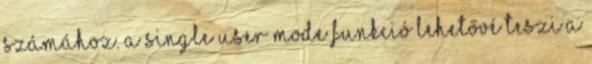
számához. A Single User Mode funkció lehetővé teszi a